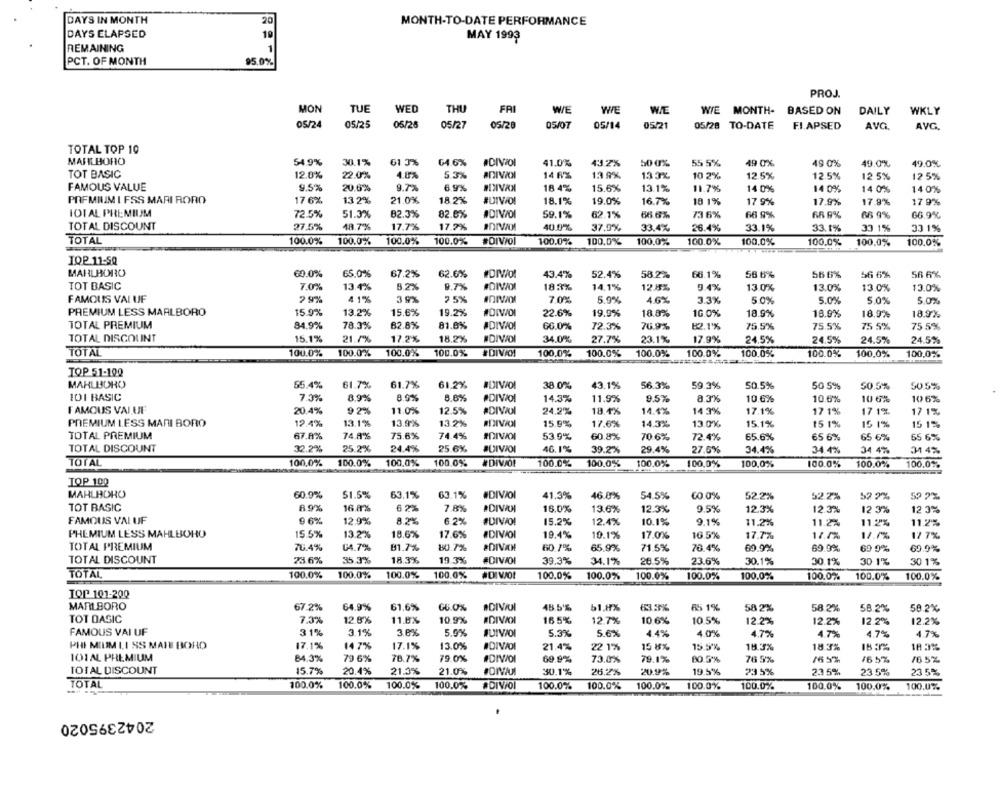
DAYS IN MONTH
20
MONTH-TO-DATE PERFORMANCE
19
DAYS ELAPSED
MAY 1993
REMAINING
1
PCT. OF MONTH
95.0%
PROJ.
MON
TUE
WED
THU
FRI
WE
WE
WE
WIE MONTH- BASED ON
DAILY
WKLY
05/24
05/25
05/26
05/27
05/28
05/07
05/14
05/21
05/28 TO-DATE
FI.APSED
AVG.
AVG.
TOTAL TOP 10
MARLBORO
54.9%
30.1%
61 3%
04.6%
#DIVOI
41.0%
43 2%
50 0%
55 5%
49 0%
49 0%
49.0%
49.0%
TOT BASIC
12.0%
22.0%
4.8%
5.3%
ADIVION
14 RX
13 9%
13 3%
10 2%
12.5%
12.5%
12 5%
12.5%
FAMOUS VALUE
9.5%
20.6%
9.7%
6.9%
18 4%
15.6%
13.1%
11.7%
14 0%
14 0%
14 0%
140%
PREMIUM I FSS MARI RORO
17 6%
13 2%
21.0%
18 2%
#DIVIDI
18.1%
19.0%
16.7%
18 1%
17 9%
17.9%
17.9%
17 9%
TOTAL PREMIUM
72.5%
51.3%
82.3%
82.6%
#DIVIDI
59.1%
62.7%
66.6%
73 6%
66 9%
66 9%
66 9%
66.9%
TOTAL DISCOUNT
27.5%
48.7%
17.7%
17.7%
40.0%
37.9%
33.4%
26.4%
33.1%
33.1%
33 1%
33 1%
TOTAL
100.0%
100.0%
100.0%
100.0%
#DIVol
100.0%
100.0%
100,0%
100.0%
100,0%
100.0%
100,0%
100,0%
IOP.11:50
MARLBORO
60.0%
65,0%
67.2%
62.6%
43.4%
52.4%
58.2%
66.1%
56 6%
56 6%
56 6%
56 6%
TOT BASIC
7.0%
8.2%
9.7%
#DIVAOR
183%
13.4%
14,1%
12.8%
9.4%
13 0%
13.0%
13.0%
13.0%
FAMOUS VAL UF
2 9%
41%
3 9%
7 5%
70%
5.9%
4.6%
3.3%
50%
5.0%
5.0%
5.0%
PREMIUM LESS MARLBORO
15.9%
13.2%
15.6%
19.2%%
22.6%
19.9%
18.8%
10.0%
18.9%
18.9%
18.0%
18.9%
TOTAL PREMIUM
84.9%
78.3%
62.8%
81.0%
66.0%
70.9%
72.3%
82.1%
75.5%
75.5%
75 5%
75 5%
TOTAL DISCOUNT
15.1%
21.7%
17.2%
18.2%
34.0%
27.7%
23.1%
17.9%
24.5%
24.5%
24.5%
24.5%
TOTAL
100.0%
100.0%
100.0%
100.0%
100.0%
100.0%
100.0%
100.0%
100.0%
100.0%
100,0%
100,0%
TOP 51-100
MARLBORO
55.4%
61.7%
61.7%
61.2%
#DIVIDI
38.0%
43.1%
56.3%
59.3%
50.5%
50 5%
50.5%
50.5%
101 BASIC
7.3%
8.9%
8.9%
6.6%
14.3%
11.9%
95%
8.3%
10.6%
10.6%
10 6%
10 6%
FAMOUS VALUE
20.4%
9 2%
11.0%
12.5%
24.2%
18.4%
14.4%
14.3%
17.1%
17 1%
17 1%
17 1%
PREMIUM LESS MARI BORO
12.4%
13.1%
13.9%
13.2%
15.9%
17.6%
14.3%
13.0%
15.1%
15 1%
15 1%
151%
TOTAL PREMIUM
67.8%
74.8%
75.6%
74.4%
53.9%
60.8%
70.6%
72.4%
65.6%
55 6%
65 6%
65 6%
TOTAL DISCOUNT
32.2%
25.2%
24.4%
25.6%
JUIVOI
46. 1%
39.2%
29.4%
27.6%
34.4%
34.4%
34 4%
31 4%
TOTAL
100,0%
100.0%
100,0%
100.0%
# DIVAO!
100.0%
100.0%
100.0%
100,0%
100,0%
100.0%
100.0%
100.0%
TOP 100
MARLBORO
60.9%
51.5%
63.1%
63.1%
#DIVOI
41.3%
46.0%
54.5%
60 0%
52.2%
52.2%
52.2%
59 2%
TOT BASIC
8.9%
16 8%
16.0%
6 2%
7.8%
13.6%
12.3%
9.5%
12.3%
12.3%
12 3%
12 3%
FAMOUS VAL UF
9 6%
12.9%
8.2%
6.2%
#DIVO!
15.2%
12.4%
10.1%
9.1%
11.2%
11.2%
11.2%
11.2%
PHEMIUM LESS MAHLBOHO
15.5%
13.2%
18.6%
17.6%
#DIVOI
19.4%
10.1%
17.0%
16.5%
17.7%
17.7%
17 7%
TOTAL PREMIUM
70.4%
04.7%
81.7%
80.7%
#DIVAN
60.7%
71.5%
76.4%
69.9%
69 9%
65.9%
60.9%
69.9%
TOTAL DISCOUNT
23.6%
35.3%
18.3%
19.3%
#DIVOI
39.3%
34.1%
28.5%
23.6%
30.1%
30.1%
30 1%
30 1%
TOTAL
100.0%
100.0%
100.0%
100.0%
100.0%
100.0%
100.0%
100.0%
100,0%
100.0%
100.0%
100.0%
TOP 101-200
MARLBORO
67.2%
64.9%
61.6%
66.0%
45.5%
51.8%
63.3%
65 1%
58 2%
58.2%
58.2%
58.2%
TOT DASIC
7.3%
12.8%
11.8%
10.9%
#DIVOI
165%
12.7%
10.6%
10.5%
12.2%
12.2%
12.2%
12.2%
FAMOUS VAI UF
31%
3.1%
3.6%
5.9%
QUIVOI
5.3%
5.6%
4.4%
4.0%
4.7%
4.7%
4.7%
4.7%
PHI MIUM LI SS MALE BORD
17.1%
14 7%
17.1%
13.0%
#DIVIDI
21.4%
22 1%
15 8%
15.5%
18.3%
18.3%
18 3%
101AL PREMIUM
84.3%
79 6%
78.7%
79.0%
#DIVIDI
69.9%
73.0%
79.1%
80.5%
76 5%
16 57
76 5%
TOTAL DISCOUNT
15.7%
20.4%
21.3%
21.0%
30.1%
26.2%
20.9%
19.5%
235%
23 5%
23 5%
23 5%
TOTAL
100.0%
100.0%
100.0%
100.0%
#DIVOI
100.0%
100.0%
100.0%
100.0%
100.0%
100.0%
100.0%
100,0%
2042395020